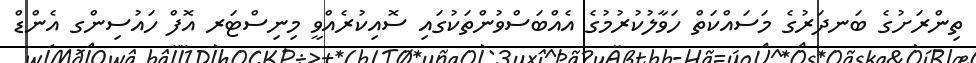
ތިންރަށުގެ ބަނދަރުގެ މަސައްކަތް ހަވާލުކުރުމުގެ އެއްބަސްވުންތަކުގައި ސޮއިކުރެއްވީ މިނިސްޓަރ އޮފް ހައުސިންގ އެންޑް